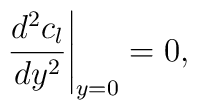
\left . {d^{2}c_{l}\over dy^{2}} \right |_{y=0}=0,